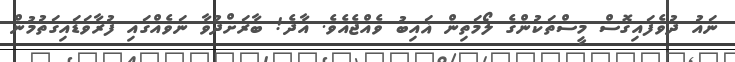
ނައު ދުވެފައިގޮސް މީސްތަކުންގެ ލޯމަތިން ޣައިބު ވެއްޖެއެވެ. އާދެ! ބާރަށްދުވާ ނަވެއްގައި ފުރާވަޑައިގަތުމުން